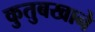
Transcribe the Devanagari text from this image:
कुतुबखाने